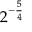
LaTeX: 2 ^ { - { \frac { 5 } { 4 } } }